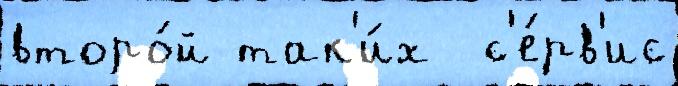
второ́й так'и́х  с'е́рв'ис